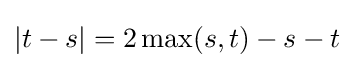
|t-s|=2\max(s,t)-s-t